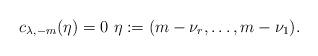
LaTeX: \begin{align*}c_{\lambda,-m}(\eta)=0\,\,\eta:=(m-\nu_r,\ldots,m-\nu_1).\end{align*}